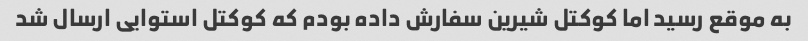
به موقع رسید اما کوکتل شیرین سفارش داده بودم که کوکتل استوایی ارسال شد